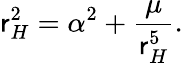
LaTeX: \mathsf{r}_{H}^{2}=\alpha^{2}+\frac{{\mu}}{{\mathsf{r}_{H}^{5}}}.